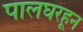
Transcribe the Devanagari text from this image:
पालघरहून